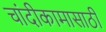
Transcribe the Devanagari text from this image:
चांदीकामासाठी